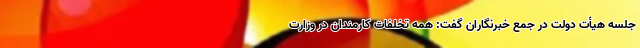
جلسه هیأت دولت در جمع خبرنگاران گفت: همه تخلفات کارمندان در وزارت